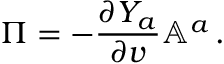
\Pi = - \frac { \partial Y _ { a } } { \partial v } \mathbb { A } ^ { a } \, .